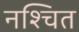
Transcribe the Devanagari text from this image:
नश्चित